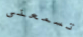
تسمعنى